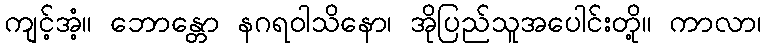
ကျင့်အံ့။ ဘောန္တော နဂရဝါသိနော၊ အိုပြည်သူအပေါင်းတို့။ ကာလာ၊